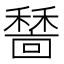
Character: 𥢺